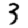
Digit: 3